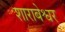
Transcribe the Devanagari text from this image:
शाराबेश्वर